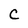
Character: C